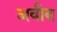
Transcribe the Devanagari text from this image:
अवीब